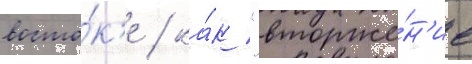
восто́к'е / ка́к "вторже́н'ие